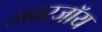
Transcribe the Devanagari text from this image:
लवरजॉय